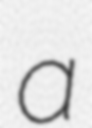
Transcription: a